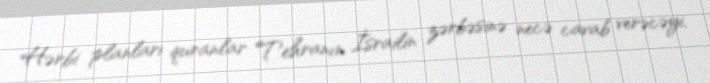
Hərbi planları quranlar Tehranın İsrailin zərbəsinə necə cavab verəcəyi,